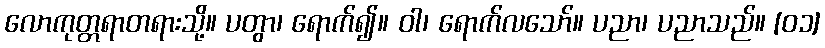
လောကုတ္တရာတရားသို့။ ပတွာ၊ ရောက်၍။ ဝါ၊ ရောက်လသော်။ ပညာ၊ ပညာသည်။ [၀၁]